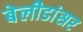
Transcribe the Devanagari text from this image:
बेलीडांसर